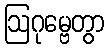
ဩဂုမ္ဗေတွာ